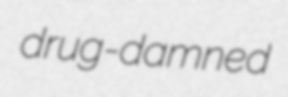
drug-damned